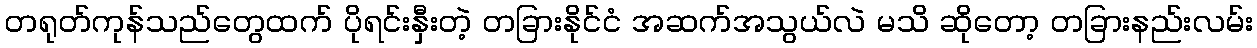
တရုတ်ကုန်သည်တွေထက် ပိုရင်းနှီးတဲ့ တခြားနိုင်ငံ အဆက်အသွယ်လဲ မသိ ဆိုတော့ တခြားနည်းလမ်း